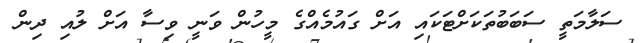
ސަލާމަތީ ސަބަބުތަކަށްޓަކައި އަށް ގައުމެއްގެ މީހުން ވަނީ ވިސާ އަށް ލުއި ދިން